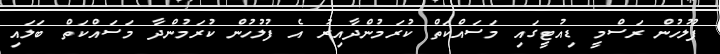
ފުލުހުން ރަސްމީ ޑިއުޓީގައި މަސައްކަތް ކުރަމުންދާއިރު އެ ފުލުހުން ކުރަމުންދާ މަސައްކަތް ބަލައި